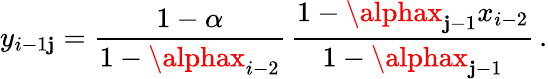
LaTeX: y_{i-1\mathbf{j}}=\frac{{1-\alpha}}{{1-\alphax_{i-2}}}\, \frac{{1-\alphax_{\mathbf{j}-1}x_{i-2}}}{{1-\alphax_{\mathbf{j}-1}}}\, .